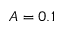
A = 0 . 1